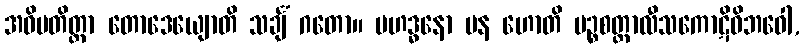
အဓိပတိတ္တာ တောဒေယျောတိ သင်္ချံ ဂတော။ မဟဒ္ဓနော ပန ဟောတိ ပဉ္စစတ္တာလီသကောဋိဝိဘဝေါ,